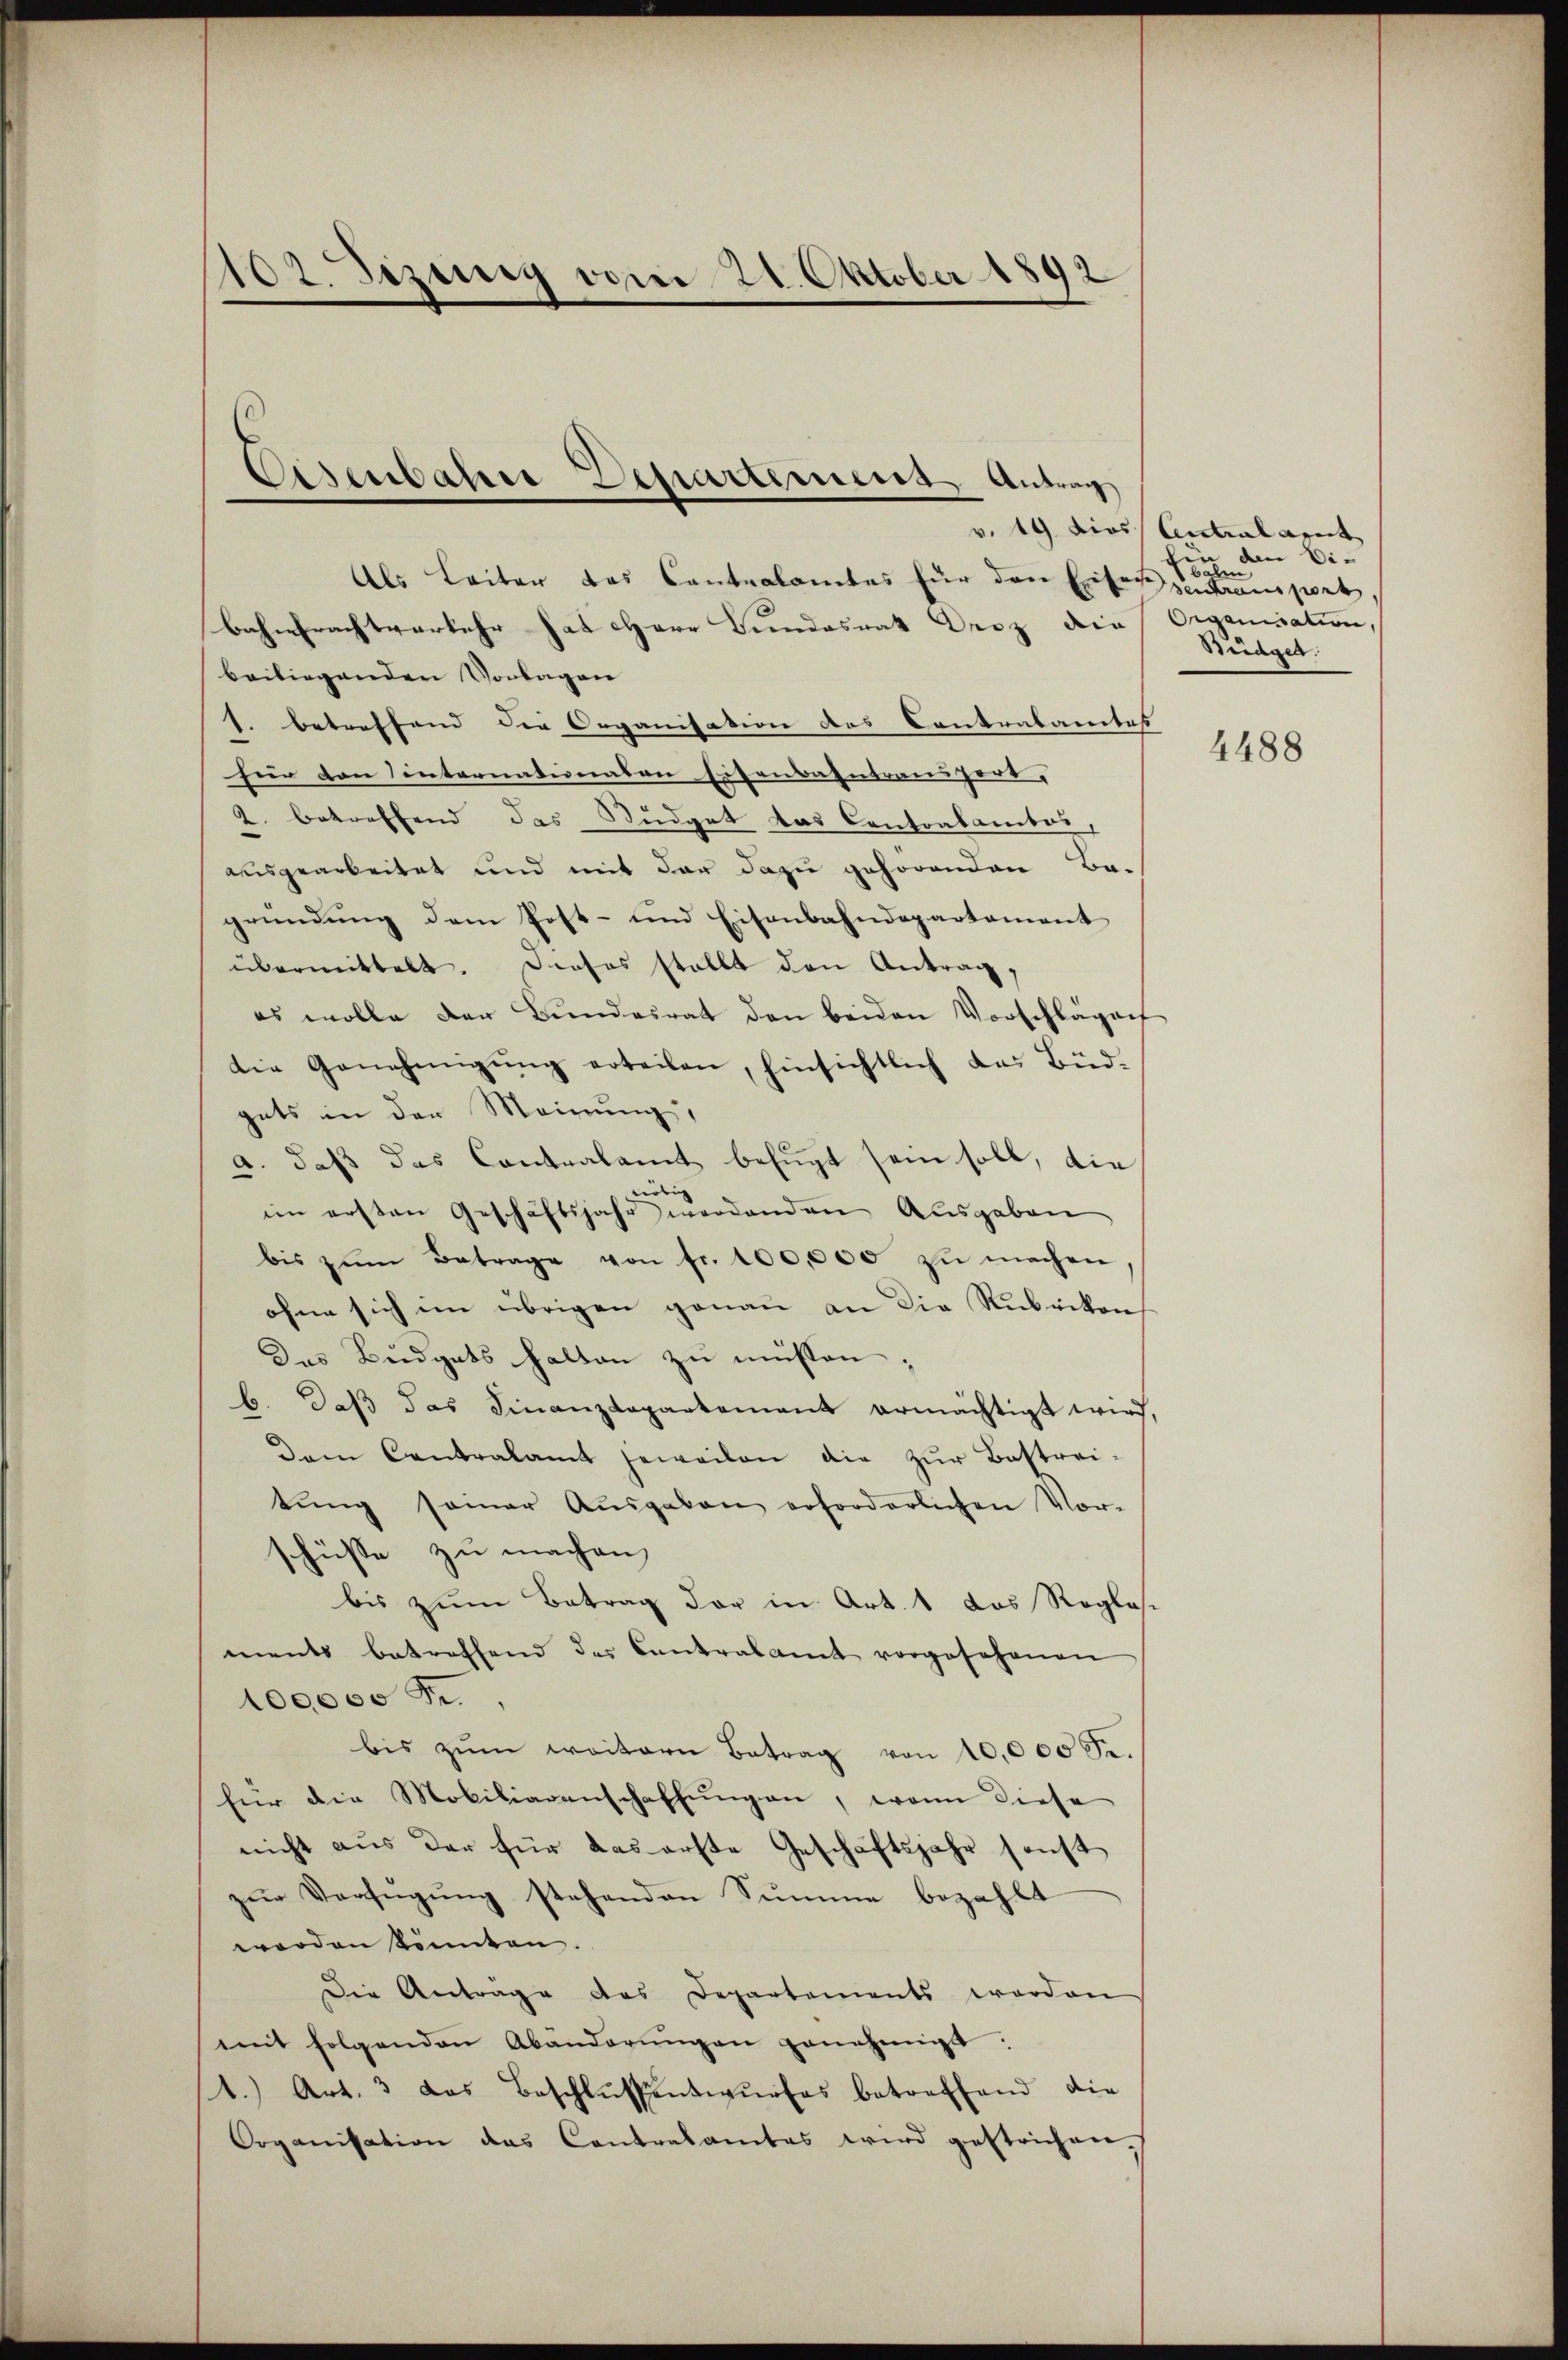
102. Sizung vom 21. Oktober 1892

Eisenbahne Departement Antrag
v. 19. dies

Als Leiter das Cantralamtes für den Eifer zentransport
bahntrachtverkehr hat Herr Bundesrat Droz die Organisation,
beiliegenden Vorlagen
J. betreffend die Organisation des Contralamtes |
für den internationalen Eisenbahntransfort,
2. betreffend das Budget das Contoabambas,
ausgearbeitet und mit der dazu gehörenden Be-
gründung dem Post- und Eisenbahndepartement
übermittelt. Dieses stellt den Antrag,
es wolle der Bŭndesrat den beiden Vorschlägen
die Genehmigŭng erteilen, hinsichtlich das Büd-
gets in der Meinung,
a. daß das Contralamt befugt sein soll, die
eiden
im ersten Geschäftsjahr werdenden Ausgaben
bis zŭm Betrage von fr. 100,000 zŭ machen,
ohne sich im übrigen genau an die Rubrikon
Das Budgets halten zu müssen;
b. daβ das Finanzdepartement ermächtigt wird,
Dem Contralamt jeweilen die zŭr Bestrei-
tŭng seiner Aŭsgaben erforderlichen Vor-
schüsse zu machen,
bis zum Betrag der in Art. 1 das Reglas
ments betreffend des Contralamt vorgesehenen
Oeco
bis zŭm weitern Betrag von 10,000 Fr.
für die Mobiliarenschaffungen, wenn diese
nicht aus der für das erste Geschäftsjahr sonst
zŭr Verfügung stehenden Summe bezahlt
worden könnten.
Die Anträge des Departements worden
mit folgenden Abänderŭngen genehmigt:
1.) Art. 3 das Beschlŭssentwŭrfes betreffend die
Organisation das Contralamtes wird gestrichen,

Antralarit
 den Ei¬
Bähen
Büdget.

4488